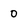
Character: o